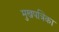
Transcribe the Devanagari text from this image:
मुखपत्रिका